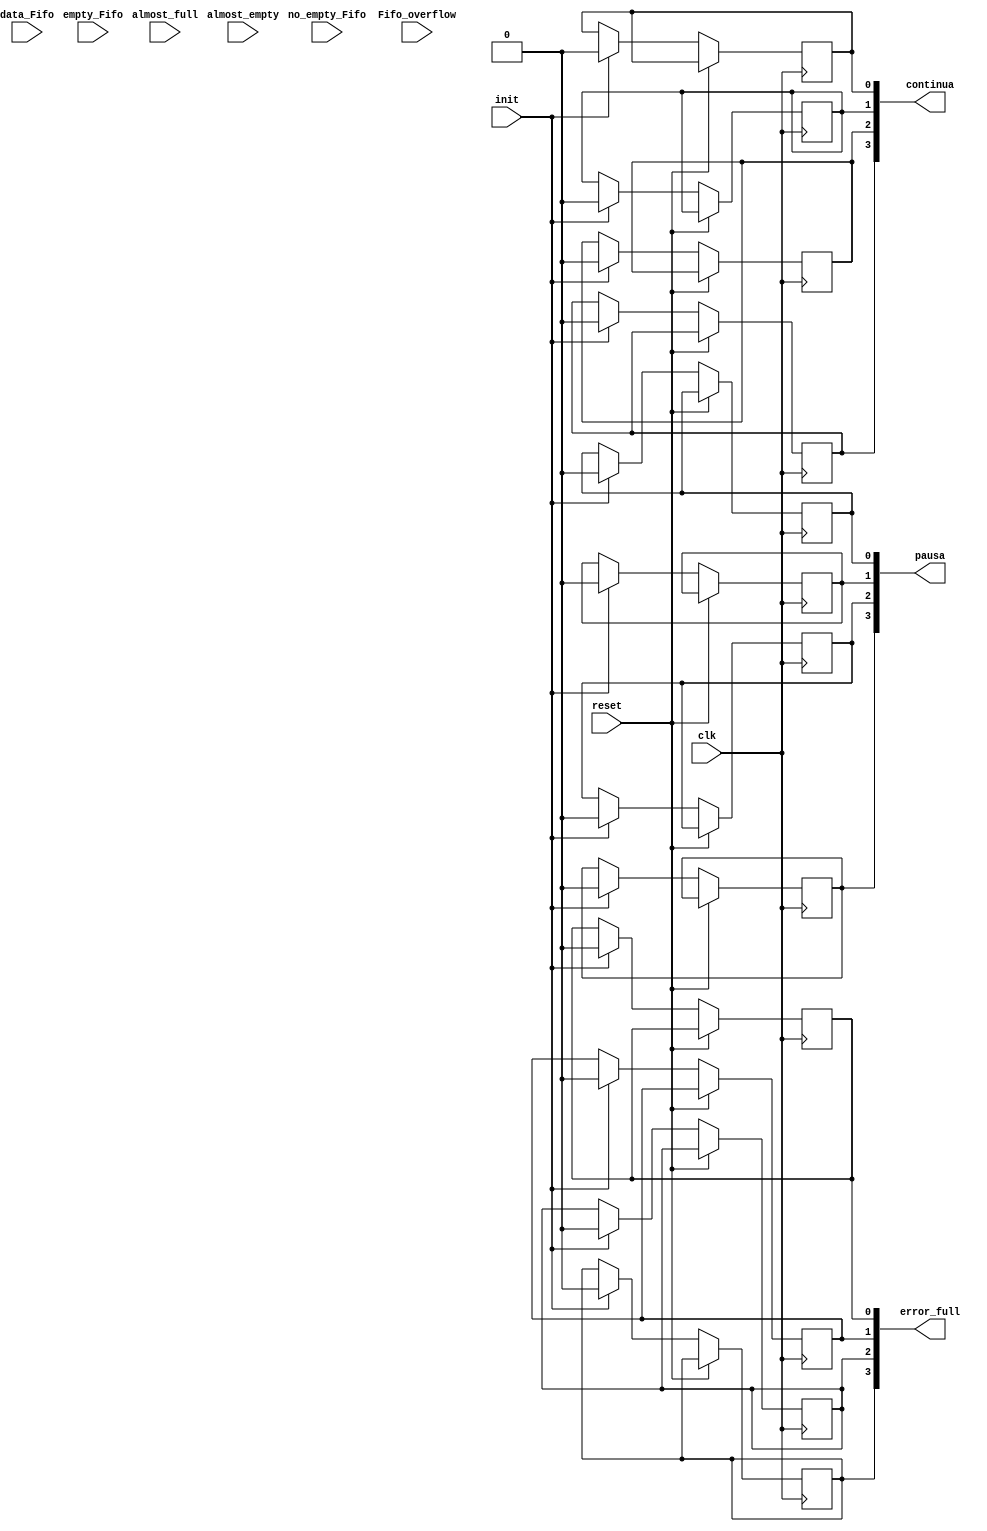
/* Generated by Yosys 0.5+ (git sha1 f13e387, gcc 5.3.1-8ubuntu2 -O2 -fstack-protector-strong -fPIC -Os) */

(* top =  1  *)
(* src = "FSM.v:2" *)
module FSM(clk, reset, init, almost_full, almost_empty, empty_Fifo, no_empty_Fifo, Fifo_overflow, error_full, pausa, continua, data_Fifo);
  (* src = "FSM.v:19" *)
  wire [3:0] _00_;
  (* src = "FSM.v:19" *)
  wire [3:0] _01_;
  (* src = "FSM.v:19" *)
  wire [3:0] _02_;
  wire [3:0] _03_;
  wire [3:0] _04_;
  wire [3:0] _05_;
  (* src = "FSM.v:2" *)
  input Fifo_overflow;
  (* src = "FSM.v:2" *)
  input almost_empty;
  (* src = "FSM.v:2" *)
  input almost_full;
  (* src = "FSM.v:2" *)
  input clk;
  (* src = "FSM.v:3" *)
  output [3:0] continua;
  reg [3:0] continua;
  (* src = "FSM.v:4" *)
  input [7:0] data_Fifo;
  (* src = "FSM.v:2" *)
  input empty_Fifo;
  (* src = "FSM.v:3" *)
  output [3:0] error_full;
  reg [3:0] error_full;
  (* src = "FSM.v:2" *)
  input init;
  (* src = "FSM.v:2" *)
  input no_empty_Fifo;
  (* src = "FSM.v:3" *)
  output [3:0] pausa;
  reg [3:0] pausa;
  (* src = "FSM.v:2" *)
  input reset;
  assign _03_[0] = init ? 1'b0 : error_full[0];
  assign _03_[1] = init ? 1'b0 : error_full[1];
  assign _03_[2] = init ? 1'b0 : error_full[2];
  assign _03_[3] = init ? 1'b0 : error_full[3];
  assign _01_[0] = reset ? error_full[0] : _03_[0];
  assign _01_[1] = reset ? error_full[1] : _03_[1];
  assign _01_[2] = reset ? error_full[2] : _03_[2];
  assign _01_[3] = reset ? error_full[3] : _03_[3];
  assign _04_[0] = init ? 1'b0 : pausa[0];
  assign _04_[1] = init ? 1'b0 : pausa[1];
  assign _04_[2] = init ? 1'b0 : pausa[2];
  assign _04_[3] = init ? 1'b0 : pausa[3];
  assign _02_[0] = reset ? pausa[0] : _04_[0];
  assign _02_[1] = reset ? pausa[1] : _04_[1];
  assign _02_[2] = reset ? pausa[2] : _04_[2];
  assign _02_[3] = reset ? pausa[3] : _04_[3];
  assign _05_[0] = init ? 1'b0 : continua[0];
  assign _05_[1] = init ? 1'b0 : continua[1];
  assign _05_[2] = init ? 1'b0 : continua[2];
  assign _05_[3] = init ? 1'b0 : continua[3];
  assign _00_[0] = reset ? continua[0] : _05_[0];
  assign _00_[1] = reset ? continua[1] : _05_[1];
  assign _00_[2] = reset ? continua[2] : _05_[2];
  assign _00_[3] = reset ? continua[3] : _05_[3];
  (* src = "FSM.v:19" *)
  always @(posedge clk)
      error_full[0] <= _01_[0];
  (* src = "FSM.v:19" *)
  always @(posedge clk)
      error_full[1] <= _01_[1];
  (* src = "FSM.v:19" *)
  always @(posedge clk)
      error_full[2] <= _01_[2];
  (* src = "FSM.v:19" *)
  always @(posedge clk)
      error_full[3] <= _01_[3];
  (* src = "FSM.v:19" *)
  always @(posedge clk)
      pausa[0] <= _02_[0];
  (* src = "FSM.v:19" *)
  always @(posedge clk)
      pausa[1] <= _02_[1];
  (* src = "FSM.v:19" *)
  always @(posedge clk)
      pausa[2] <= _02_[2];
  (* src = "FSM.v:19" *)
  always @(posedge clk)
      pausa[3] <= _02_[3];
  (* src = "FSM.v:19" *)
  always @(posedge clk)
      continua[0] <= _00_[0];
  (* src = "FSM.v:19" *)
  always @(posedge clk)
      continua[1] <= _00_[1];
  (* src = "FSM.v:19" *)
  always @(posedge clk)
      continua[2] <= _00_[2];
  (* src = "FSM.v:19" *)
  always @(posedge clk)
      continua[3] <= _00_[3];
endmodule